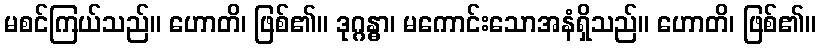
မစင်ကြယ်သည်။ ဟောတိ၊ ဖြစ်၏။ ဒုဂ္ဂန္ဓာ၊ မကောင်းသောအနံရှိသည်။ ဟောတိ၊ ဖြစ်၏။